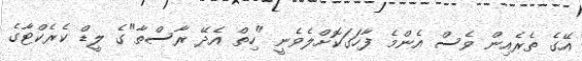
އޭގެ ތެރެއިން ވެސް އެންމެ ފާހަގަކޮށްލެވެނީ "ހިތް އެދޭ ރާސްތާ"ގެ ލީޑް ކެރެކްޓާގެ